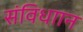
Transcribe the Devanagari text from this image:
संविधाान